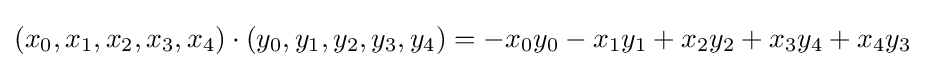
(x_{0},x_{1},x_{2},x_{3},x_{4})\cdot (y_{0},y_{1},y_{2},y_{3},y_{4})=-x_{0}y_{0}-x_{1}y_{1}+x_{2}y_{2}+x_{3}y_{4}+x_{4}y_{3}